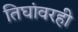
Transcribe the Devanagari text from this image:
तिघांवरही